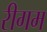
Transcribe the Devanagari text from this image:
रीगम